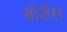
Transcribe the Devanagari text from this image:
बौर्डैस